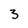
Character: 3